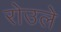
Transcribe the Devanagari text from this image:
रोउले